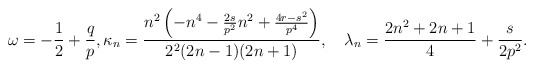
\begin{align*}\omega = -\frac 12+\frac{q}{ p},\kappa_n=\frac{n^2 \left(- n^4 - \frac{2s}{p^2} n^2 +\frac{ 4 r- s^2}{p^4}\right)}{2^2 (2 n - 1) (2 n + 1)},\quad\lambda_n=\frac{2 n^2 + 2 n + 1}{4} + \frac{s}{2 p^2}.\end{align*}